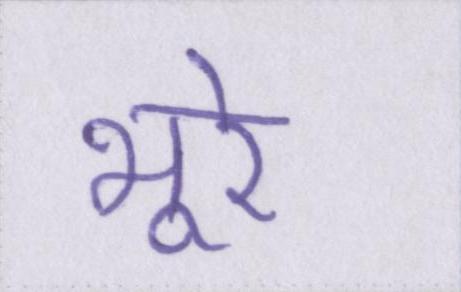
भूरे